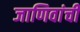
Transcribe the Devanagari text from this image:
जाणिवांची